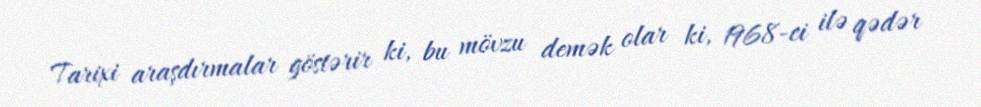
Tarixi araşdırmalar göstərir ki, bu mövzu demək olar ki, 1968-ci ilə qədər